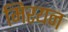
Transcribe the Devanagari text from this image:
मिरयन